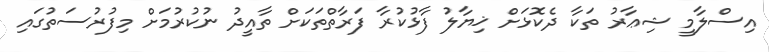
އިސްލާމީ ޝިޢާރު ތަކާ ދެކޮޅަށް ޚިޔާލު ފާޅުކުރާ ފަރާތްތަކަށް ތާއީދު ނުކުރުމަށް މިފުރުސަތުގައި